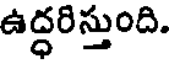
ఉద్ధరిస్తుంది.